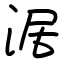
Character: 涺